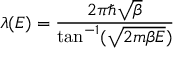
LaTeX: \lambda ( E ) = \frac { 2 \pi \hbar \sqrt { \beta } } { \tan ^ { - 1 } ( \sqrt { 2 m \beta E } ) }